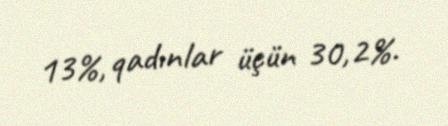
13%, qadınlar üçün 30,2%.